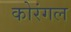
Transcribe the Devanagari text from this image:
कोरंगल